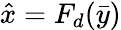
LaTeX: \hat{x}=F_{d}(\bar{y})